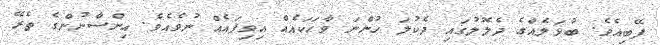
ފޭބިއެވެ. ބުޅަލެއްގެ ދެލޮލުގައި ދެކުލަ ހުންނަ ވާހަކައެއް އިވިފައެއް ނުވެއެވެ. އިންސާނުންގެ ތެރޭ